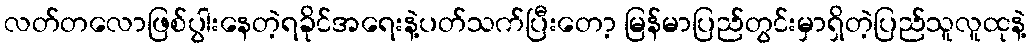
လတ်တလောဖြစ်ပွါးနေတဲ့ရခိုင်အရေးနဲ့ပတ်သက်ပြီးတော့ မြန်မာပြည်တွင်းမှာရှိတဲ့ပြည်သူလူထုနဲ့